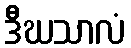
ဒီဃသာလံ